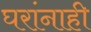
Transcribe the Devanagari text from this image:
घरांनाही